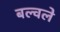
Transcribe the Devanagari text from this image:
बल्वले